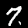
Digit: 7